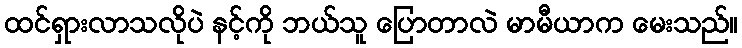
ထင်ရှားလာသလိုပဲ နင့်ကို ဘယ်သူ ပြောတာလဲ မာမီယာက မေးသည်။